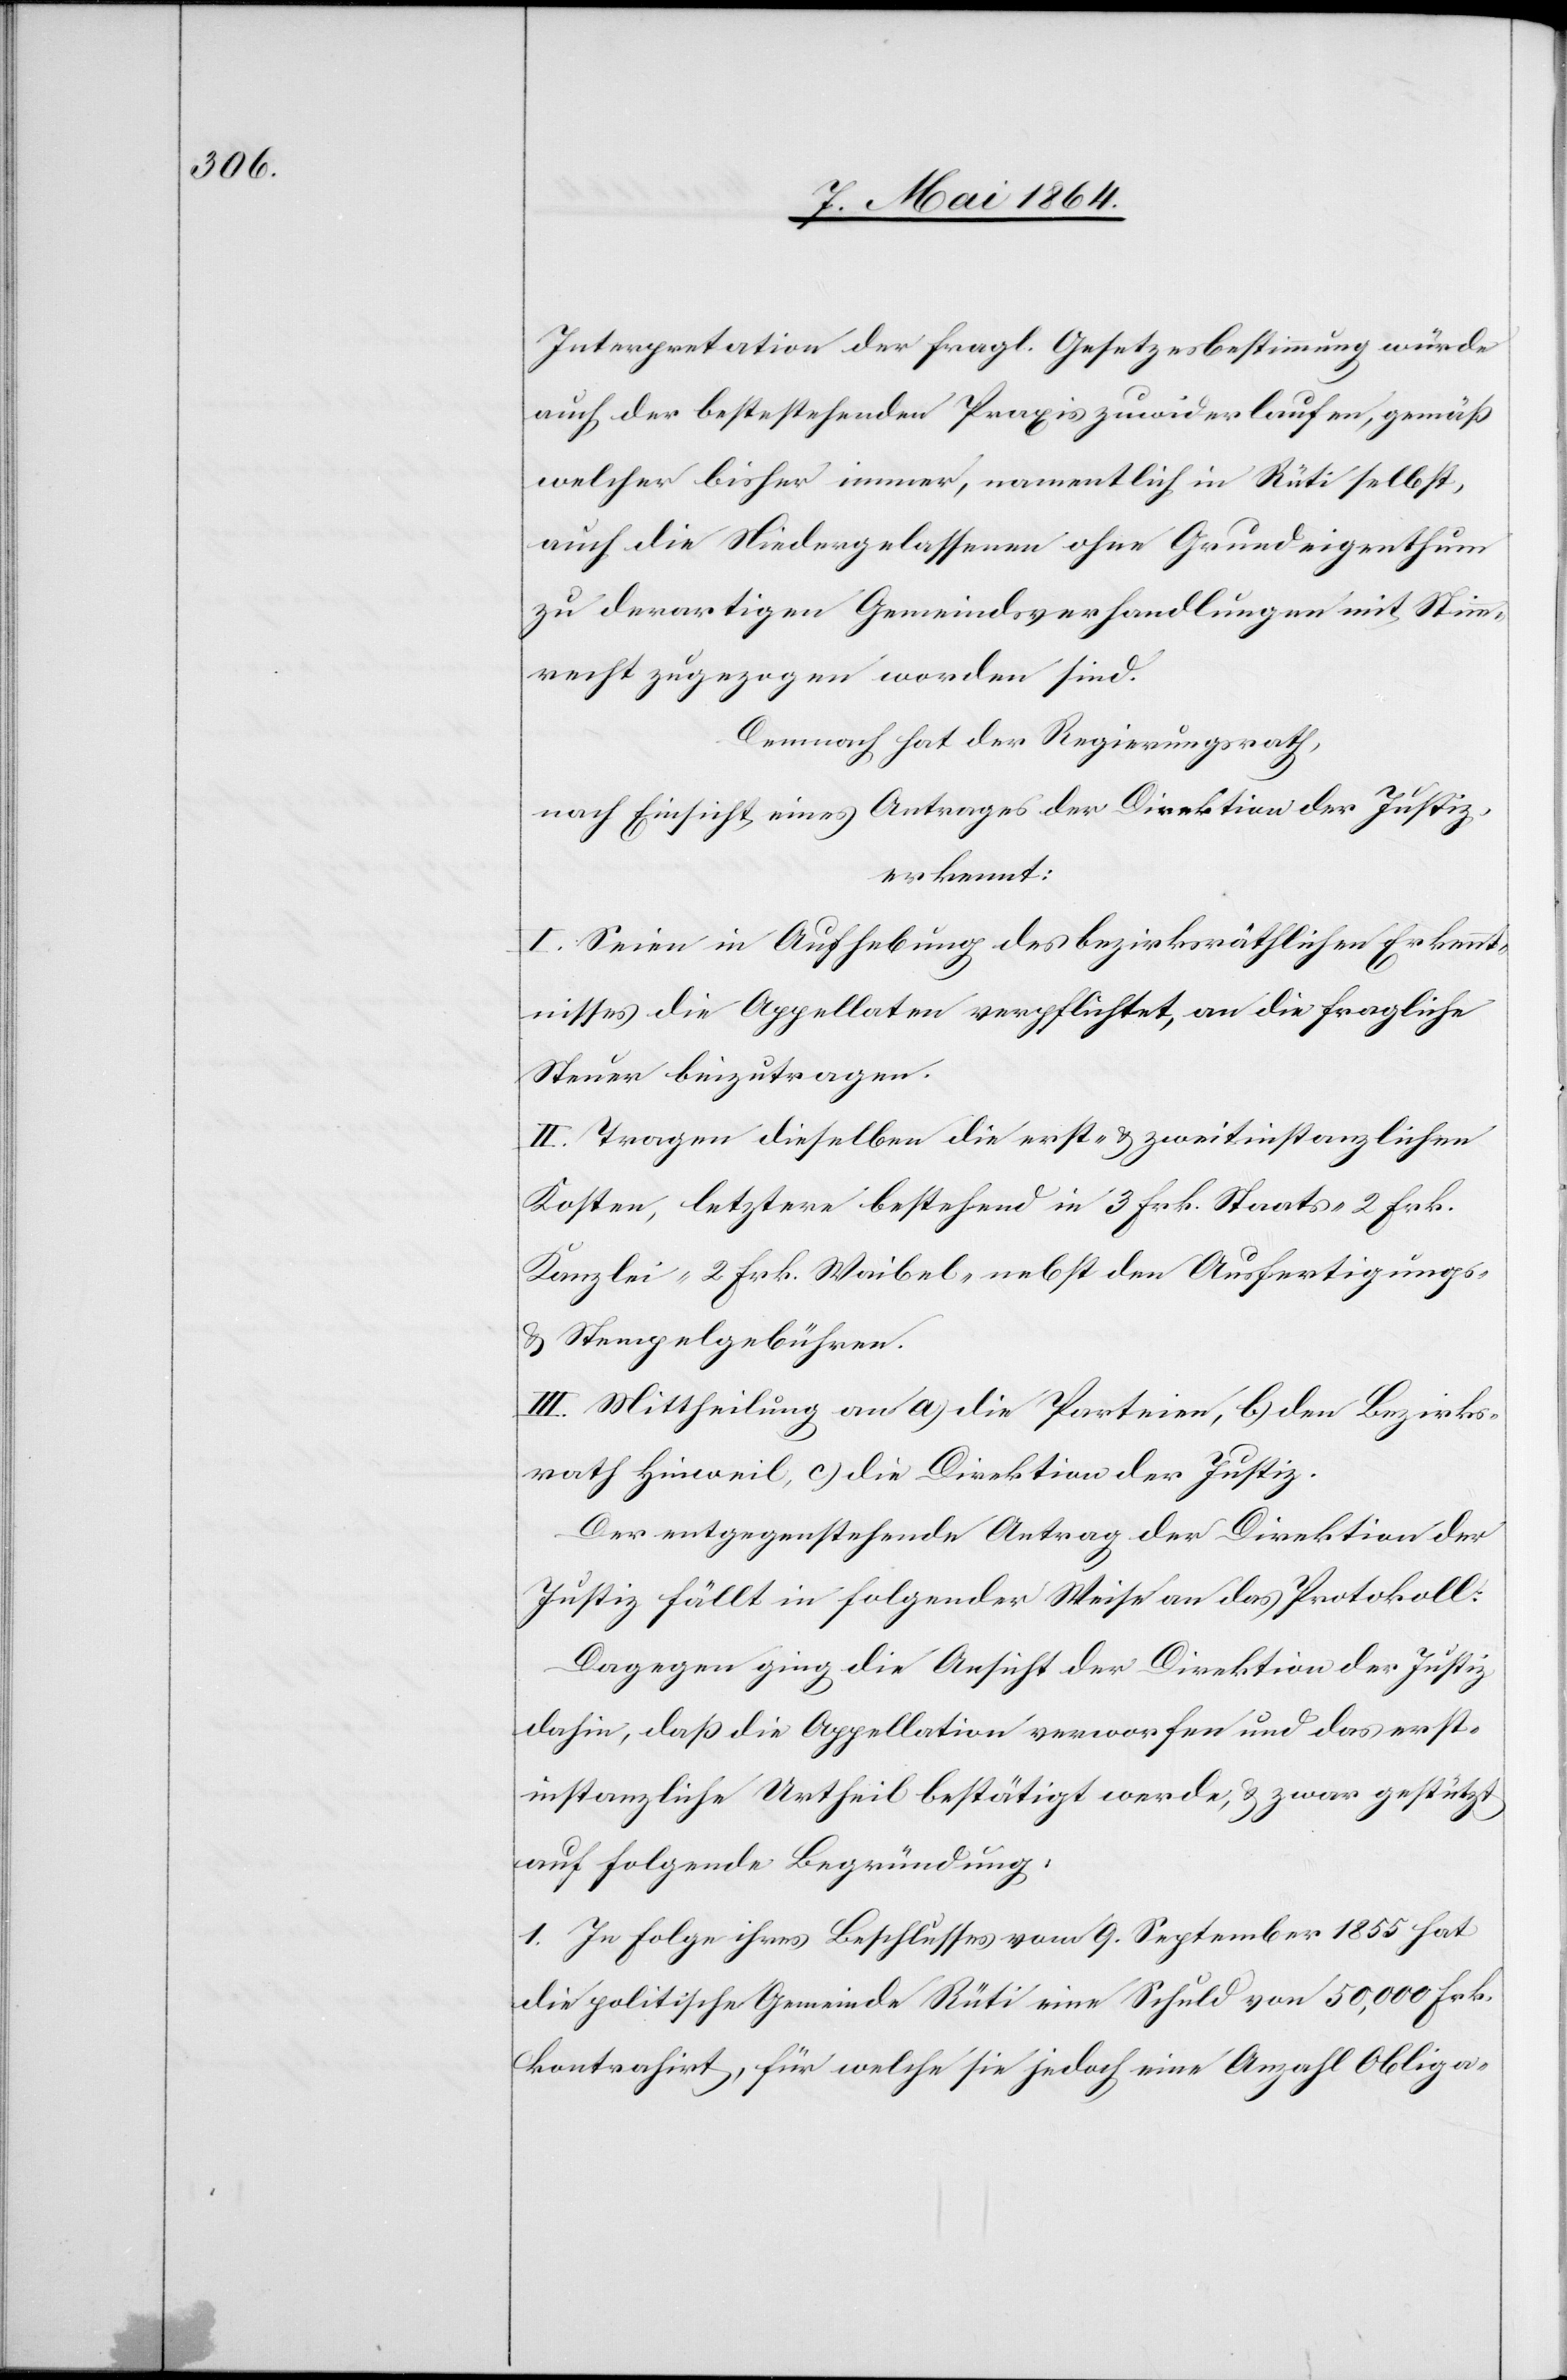
Interpretation der fragl. Gesetzesbestimmung würde
auch der bestehenden Praxis zuwiderlaufen, gemäß
welcher bisher immer, namentlich in Rüti selbst,
auch die Niedergelassenen ohne Grundeigenthum
zu derartigen Gemeindverhandlungen mit Stimm¬
recht zugezogen worden sind.
Demnach hat der Regierungsrath,
nach Einsicht eines Antrages der Direktion der Justiz,
erkannt:
I. Seien in Aufhebung des bezirksräthlichen Erkennt¬
nisses die Appellaten verpflichtet, an die fragliche
Steuer beizutragen.
II. Tragen dieselben die erst- u. zweitinstanzlichen
Kosten, letztere bestehend in 3 Frk. Staats-[,] 2 Frk.
Kanzlei-[,] 2 Frk. Weibel-[,] nebst den Ausfertigungs-
u. Stempelgebühren.
III. Mittheilung an a) die Parteien, b) den Bezirks¬
rath Hinweil, c) die Direktion der Justiz.
Der entgegenstehende Antrag der Direktion der
Justiz fällt in folgender Weise an das Protokoll:
Dagegen ging die Ansicht der Direktion der Justiz
dahin, daß die Appellation verworfen und das erste
instanzliche Urtheil bestätigt werde, u. zwar gestützt
auf folgende Begründung,
1. In Folge ihres Beschlusses vom 9. September 1855 hat
die politische Gemeinde Rüti eine Schuld von 50,000 Frk.
kontrahirt, für welche sie jedoch eine Anzahl Obliga-